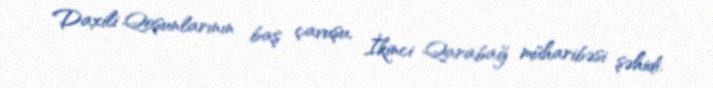
Daxili Qoşunlarının baş çavuşu, İkinci Qarabağ müharibəsi şəhidi.